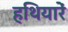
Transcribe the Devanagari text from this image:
हथियारें